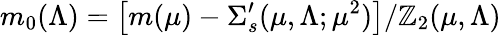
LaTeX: m_{0}(\Lambda)=\left[m(\mu)-\Sigma_{s}^{\prime}(\mu,\Lambda;\mu^{2})\right]/\mathbb{Z}_{2}(\mu,\Lambda)